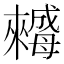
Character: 𣬀